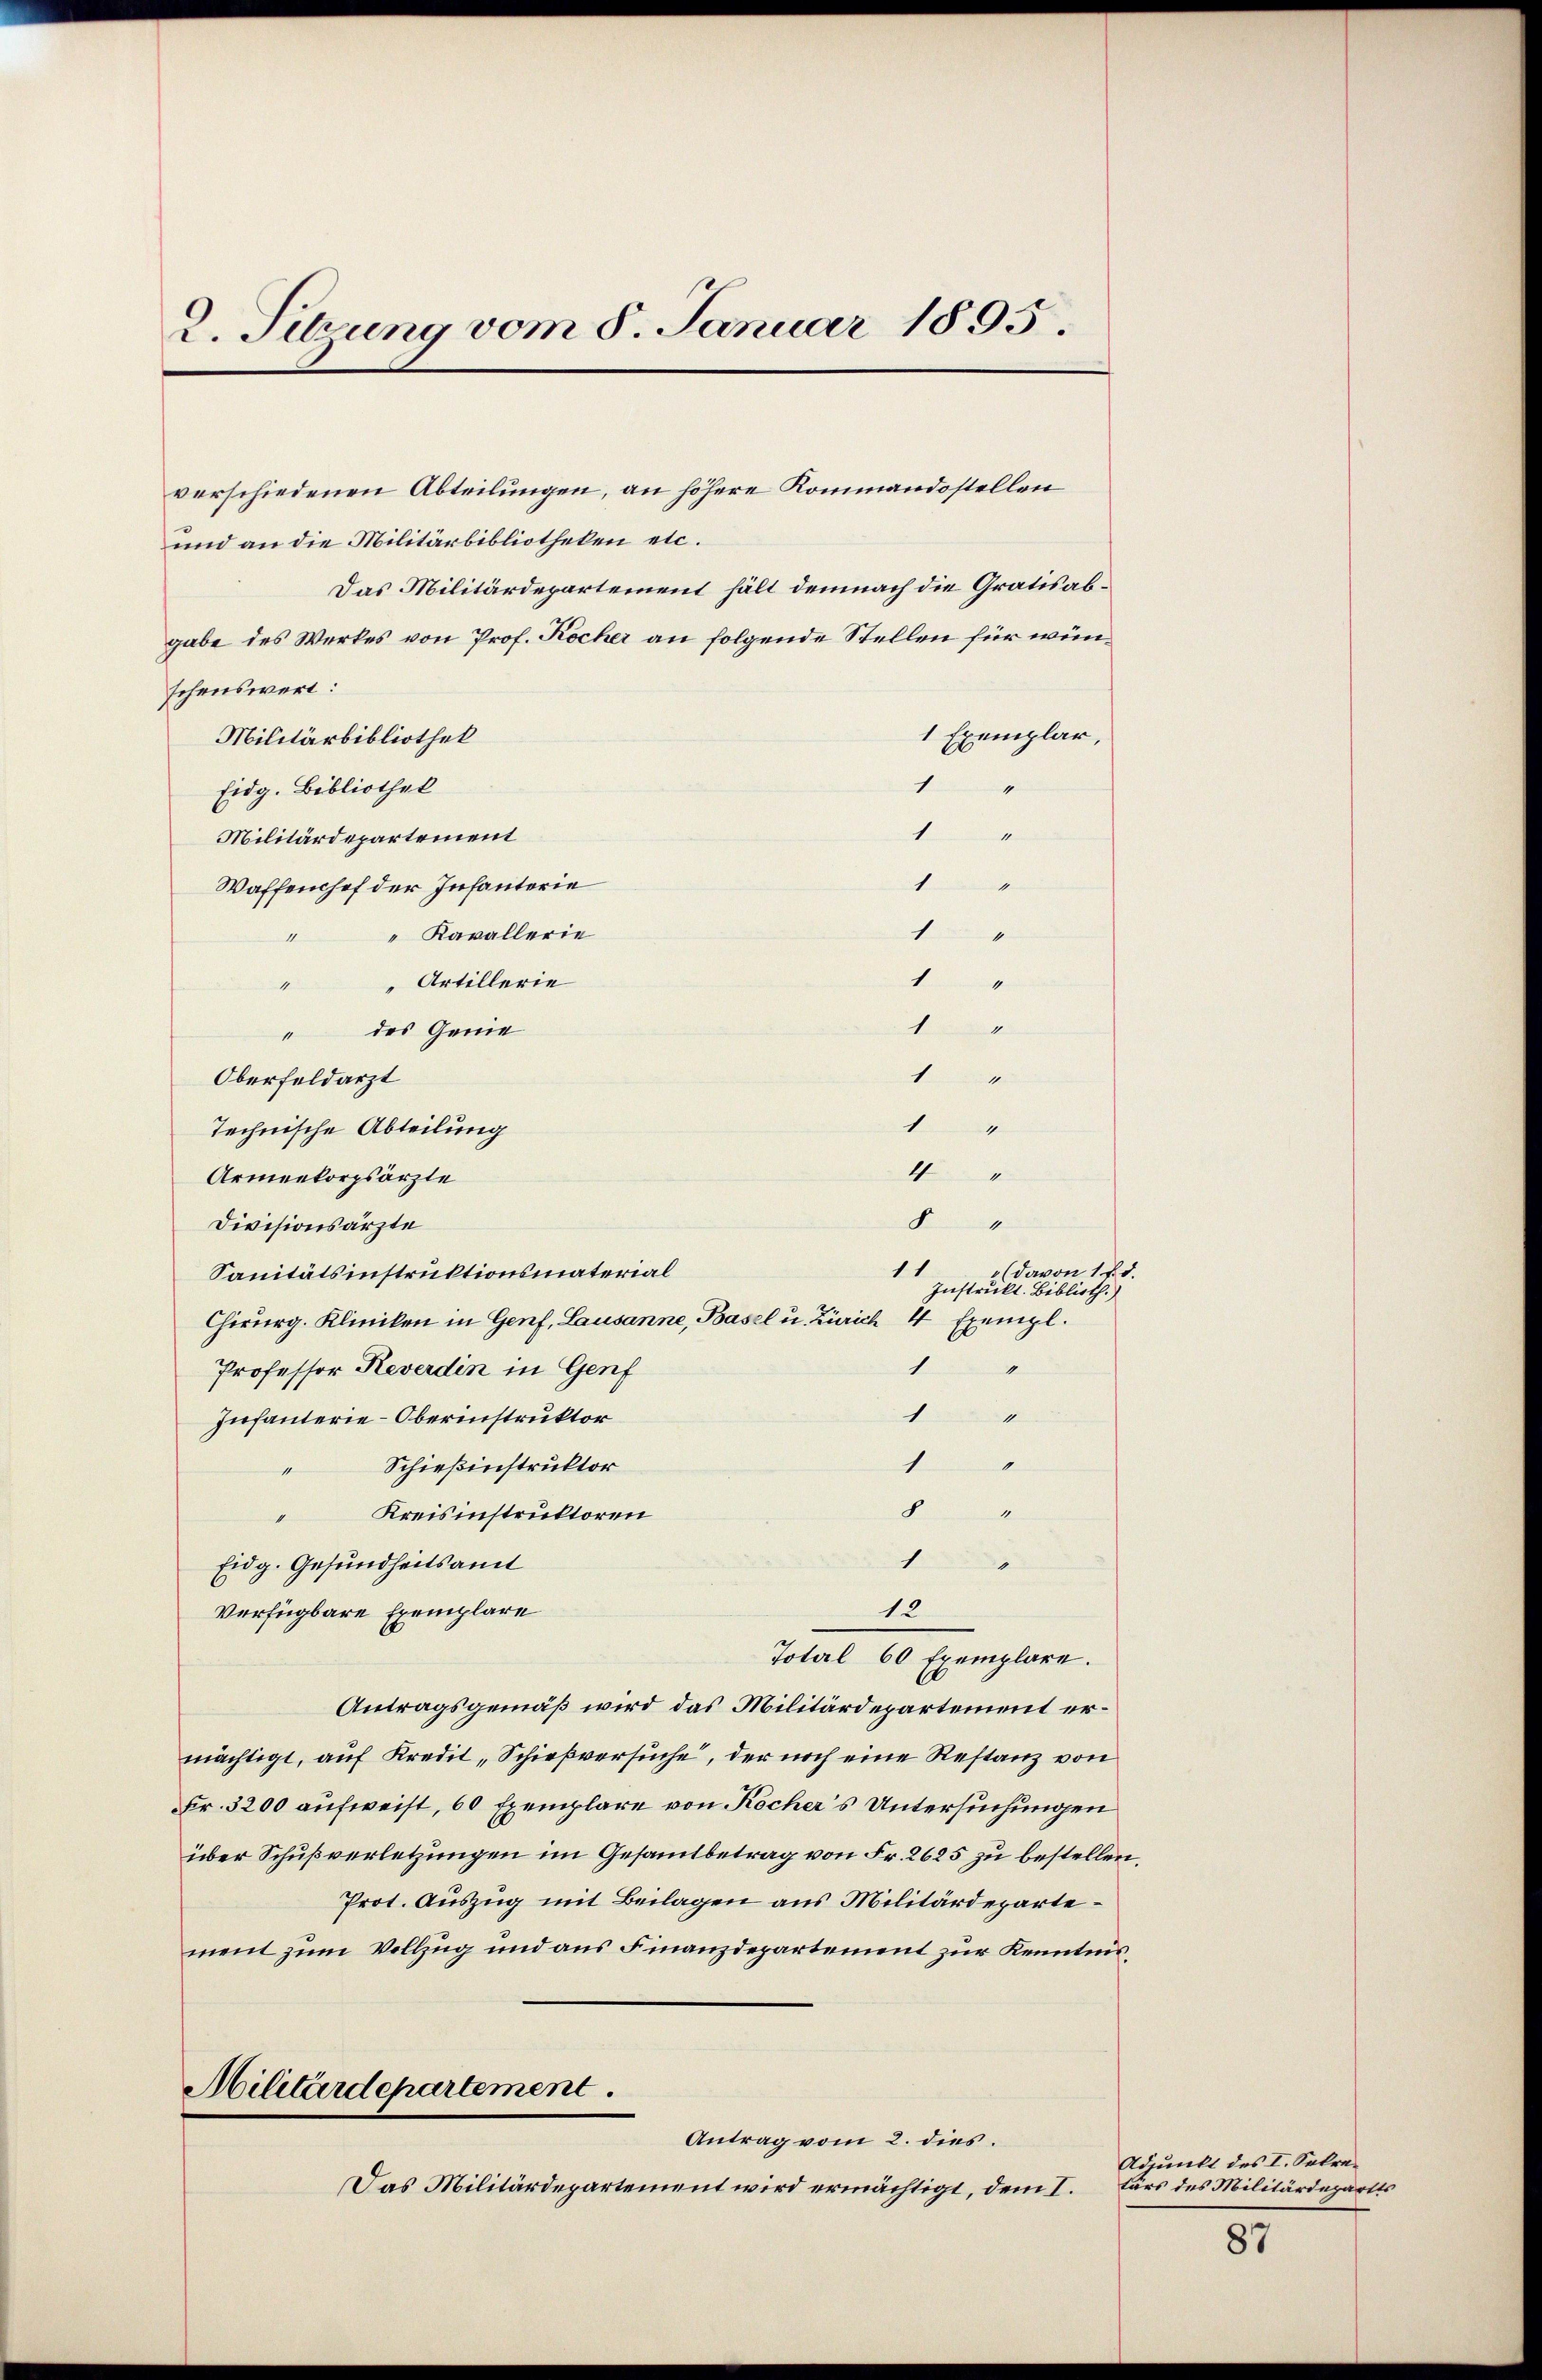
2. Setzung vom 8. Januar 1895.

verschiedenen Abteilungen, an höhere Kommandostellen
und an die Militärbibliotheken etc.
Das Militärdepartement hält demnach die Gratis abgabe des Werkes von Prof. Kocher an folgende Stellen für wünschenswert:
Militärbibliothek
1
Eidg. Bibliothek

Militärdepartement
.
Waffenhof der Infanterie
1
" Kavallerie
1
Artillerie
4
A
" des Genie
1
Oberfeldarzt
1
Technische Abteilung
4
Armenkorpsärzte
8
Divisionsärzte
11
Sanitätsinstruktionsmaterial
Chirurg. Kliniken in Genf, Lausanne, Basel u. Zürich 4 Exempl.
Professor Reverdin in Genf
1
1
Infanterie-Oberinstruktor
1
1
A
Schießinstruktor
4
.
" Kreisinstruktoren
1
Eidg. Gesundheitsamt
12
Verfügbare Exemplare
Total 60 Exemplare.
Antragsgemäß wird das Militärdepartement ermächtigt, auf Kredit, Schießversuche, der noch eine Restanz von
Fr. 3200 aufweist, 60 Exemplare von Kocher's Untersuchungen
über Schußverletzungen im Gesammtbetrag von Fr. 2625 zu bestellen,
Prot. Auszug mit Beilagen aus Militärdepartement zum Vollzug und aus Finanzdepartement zur Kenntnis¬
Militärdepartement
Antrag vom 2. dies.
Das Militärdepartement wird ermächtigt, dem I.

1 Exemplar,

4
(davon 12 d.
Instrukt. Biblioth.)

Adjunkt des I. Sekretärs des Militärdepartes

87